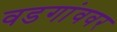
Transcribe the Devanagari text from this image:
वडगांववर